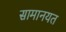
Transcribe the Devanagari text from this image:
सामानयत